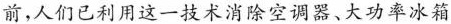
前，人们已利用这一技术消除空调器、大功率冰箱